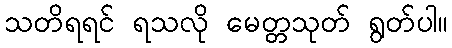
သတိရရင် ရသလို မေတ္တသုတ် ရွတ်ပါ။